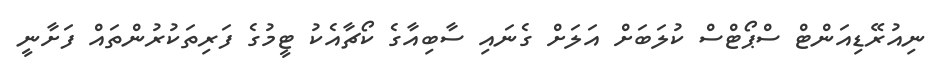
ނިއުރޭޑިއަންޓް ސްޕޯޓްސް ކުލަބަށް އަލަށް ގެނައި ސާބިއާގެ ކޯޗާއެކު ޓީމުގެ ފަރިތަކުރުންތައް ފަށާނީ